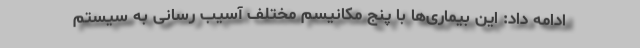
ادامه داد: این بیماری‌ها با پنج مکانیسم مختلف آسیب رسانی به سیستم